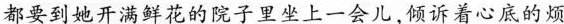
都要到她开满鲜花的院子里坐上一会儿，倾诉着心底的烦